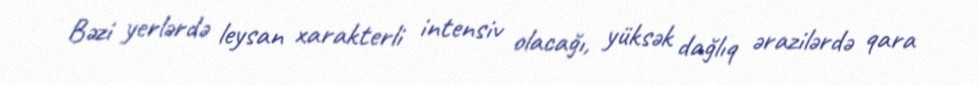
Bəzi yerlərdə leysan xarakterli intensiv olacağı, yüksək dağlıq ərazilərdə qara